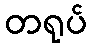
တရုပ်